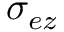
\sigma _ { e z }